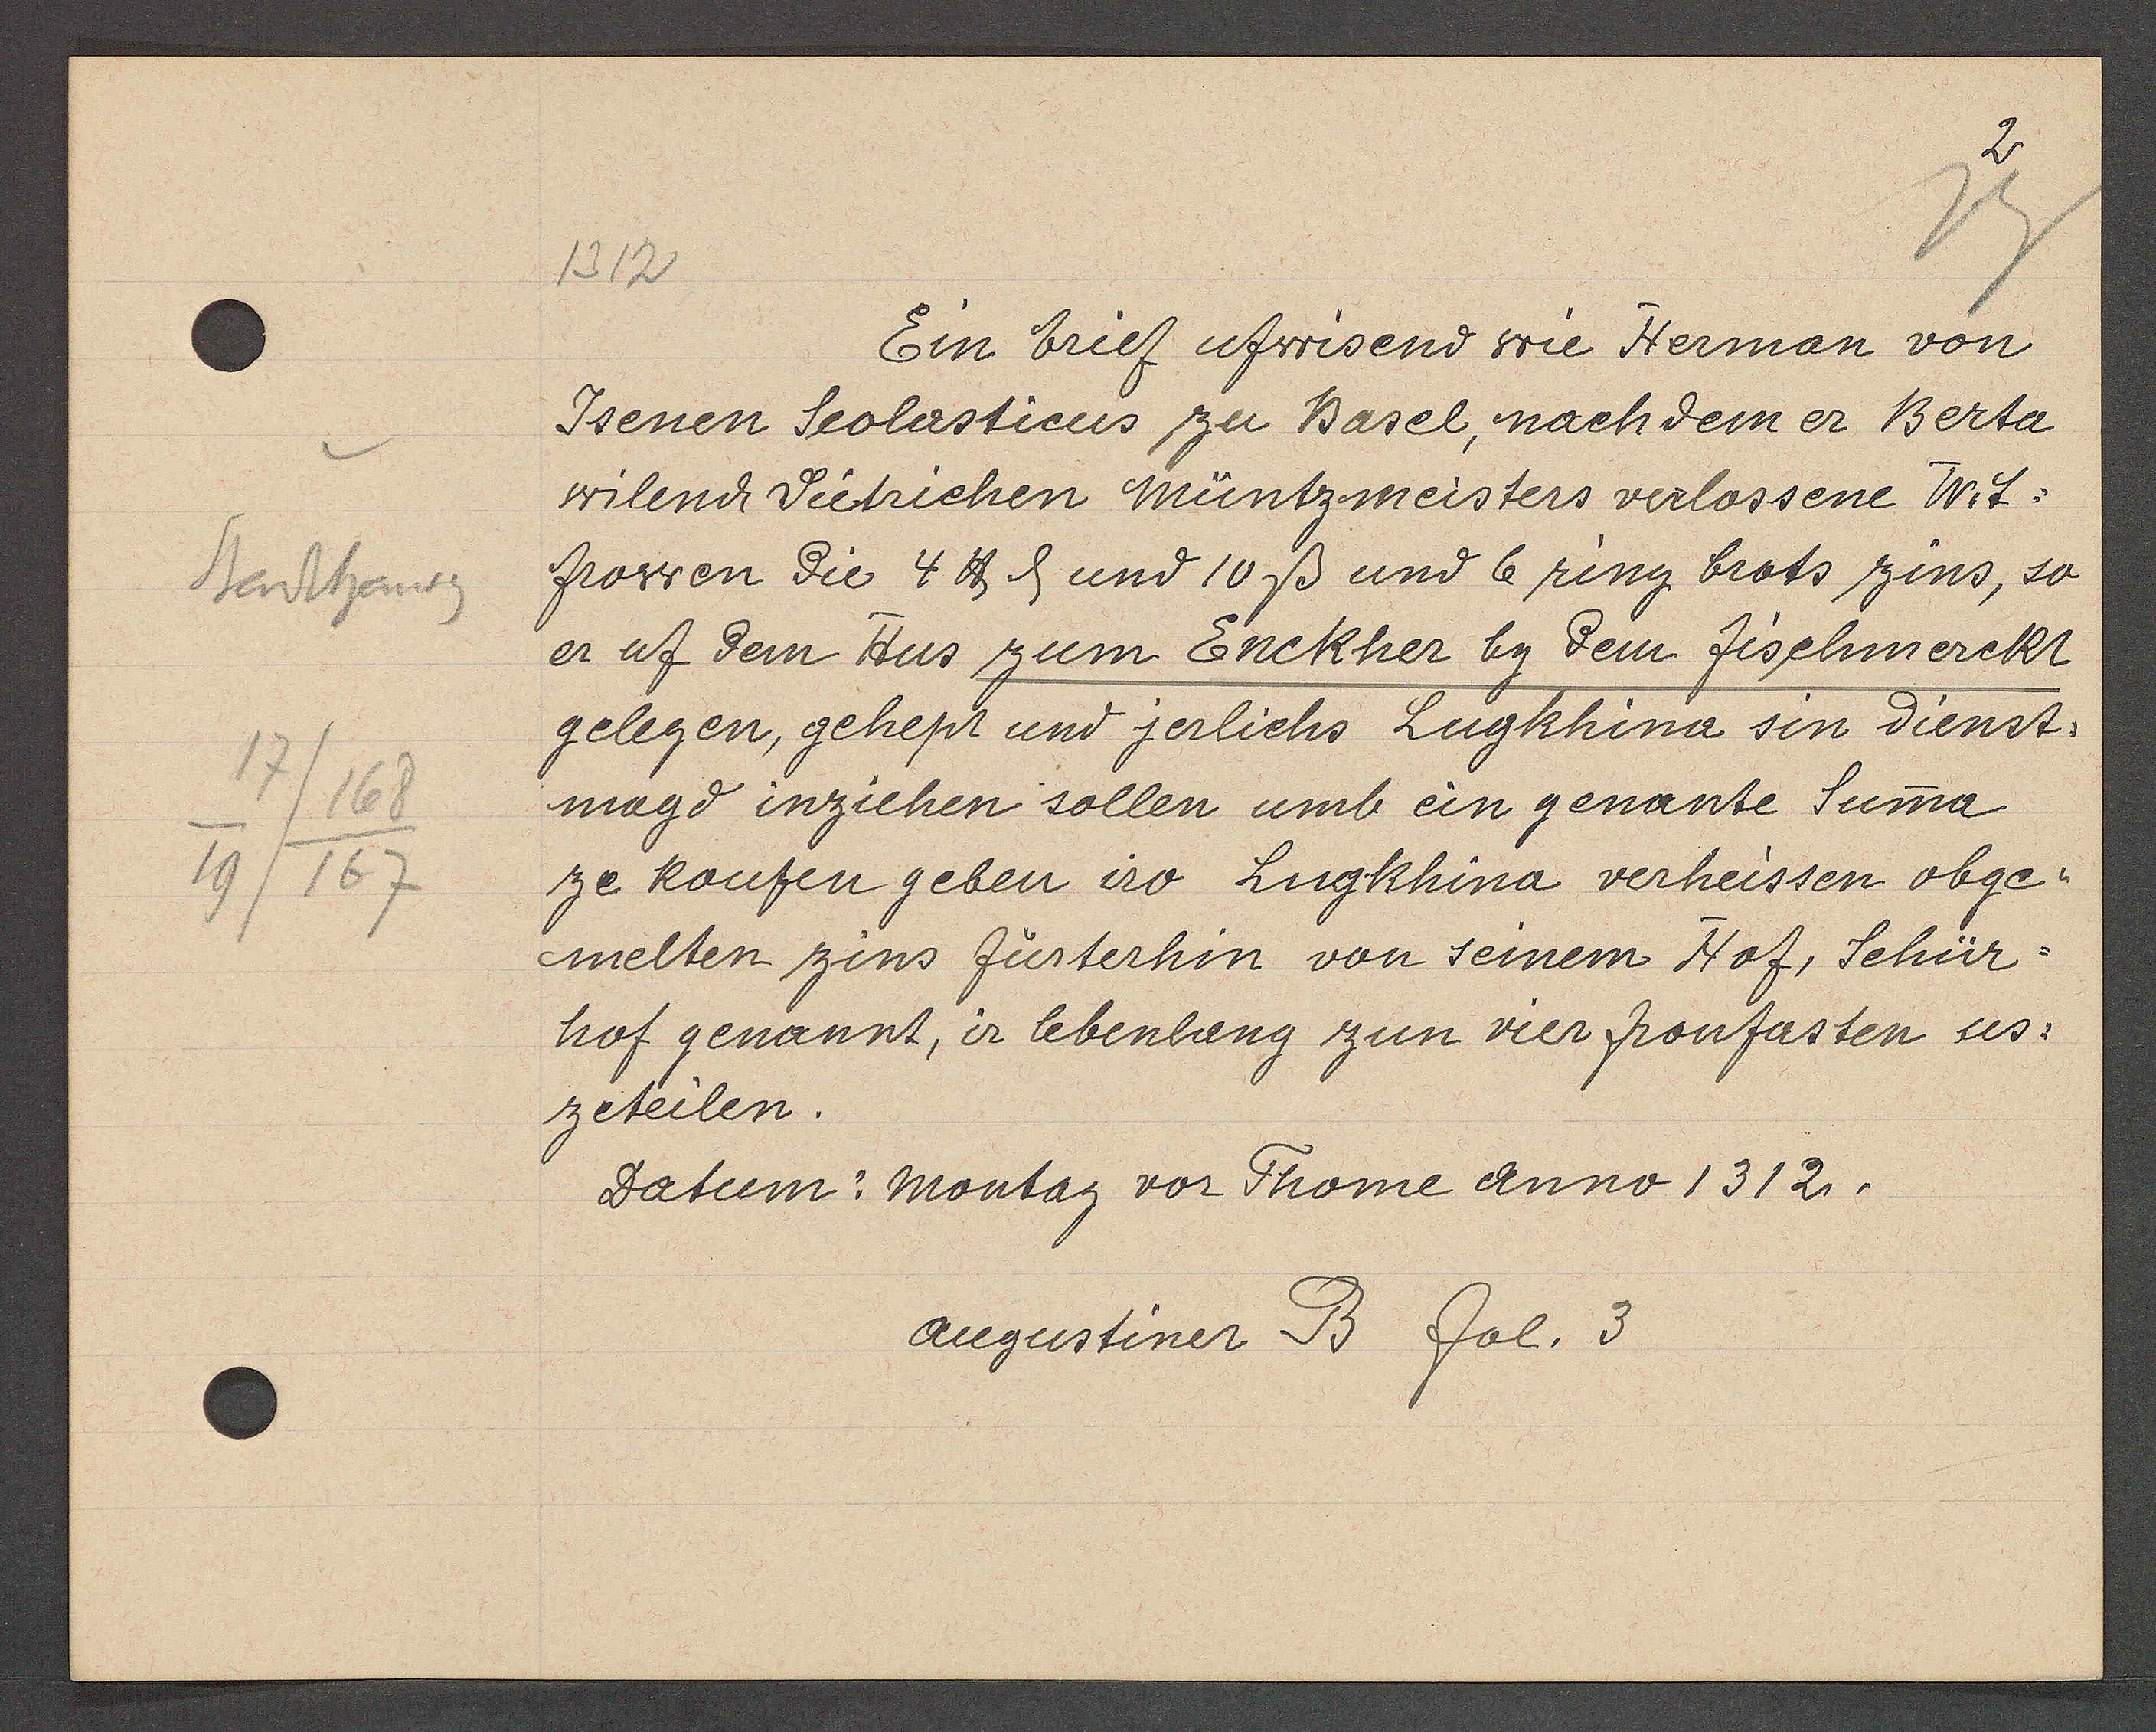
Transcript:
Stadhausg
17/168
19/167

1312

Ein brief ufwisend wie Herman von
Isenen Scolasticus zu Basel, nach dem er Berta
wilend Dietrichen Müntzmeisters verlassene Wit-
frowen die 4 ℔ ȡ und 10 ß und 6 ring brots zins, so
er uf dem Hus zum Enckher by dem fischmerckt
gelegen, gehept und jerlichs Lugkhina sin dienst¬
magd inziehen sollen umb ein genante Suma
ze koufen geben iro Lugkhina verheissen obge-
melten zins fürterhin von seinem Hof, Schür-
hof genannt, ir lebenlang zun vier fronfasten us¬
zeteilen.
Datum: Montag vor Thome anno 1312.

augustiner B fol. 3